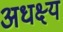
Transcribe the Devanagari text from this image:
अधक्ष्य